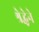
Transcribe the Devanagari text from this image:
श्रेद्धेने